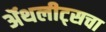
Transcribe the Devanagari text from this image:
ॲथलीट्सचा